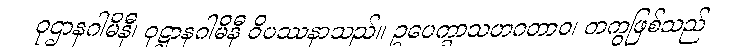
ဝုဌာနဂါမိနီ၊ ဝုဋ္ဌာနဂါမိနီ ဝိပဿနာသည်။ ဥပေက္ခာသဟဂတာဝ၊ တကွဖြစ်သည်